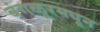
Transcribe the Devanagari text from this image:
बंगळूरमधून